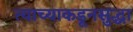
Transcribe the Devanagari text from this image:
त्याच्याकडूनसुद्धा